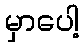
မှာပေါ့